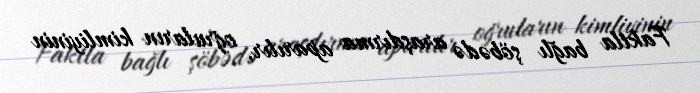
Faktla bağlı şöbədə araşdırma aparılır, oğruların kimliyinin